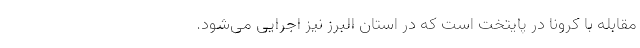
مقابله با کرونا در پایتخت است که در استان البرز نیز اجرایی می‌شود.